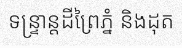
ទន្ទ្រាន្តដីព្រៃភ្នំ និងដុត